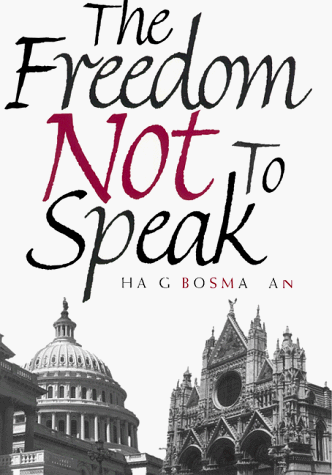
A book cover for Freedom Not to Speak; Haig Bosmajian; Law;